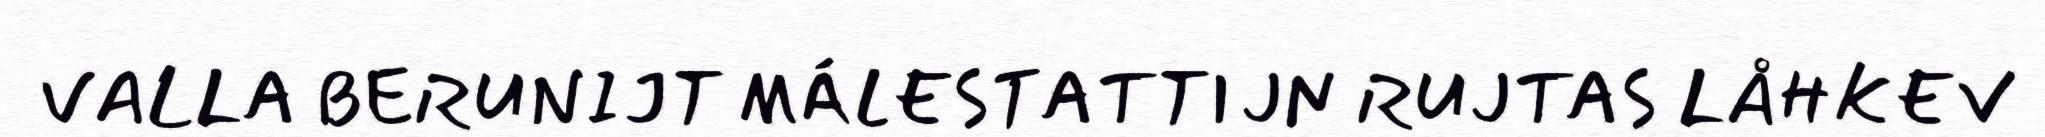
VALLA BERUNIJT MÁLESTATTIJN RUJTAS LÅHKEV